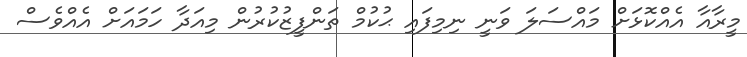
މީރާއާ އެއްކޮޅަށް މައްސަލަ ވަނީ ނިމިފައި ޙުކުމް ތަންފީޒުކުރުން މިއަދާ ހަމައަށް އެއްވެސް